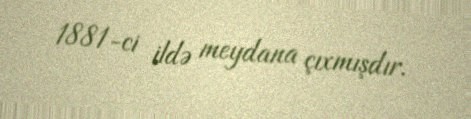
1881-ci ildə meydana çıxmışdır.